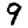
Digit: 9